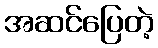
အဆင်ပြေတဲ့